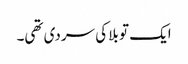
ایک تو بلا کی سردی تھی۔